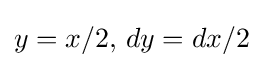
y=x/2,\,dy=dx/2